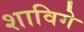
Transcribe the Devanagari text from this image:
शाविगे